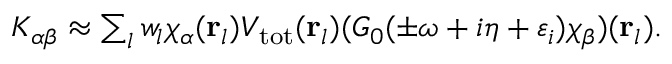
\begin{array} { r } { K _ { \alpha \beta } \approx \sum _ { l } w _ { l } \chi _ { \alpha } ( \mathbf r _ { l } ) V _ { \mathrm { t o t } } ( \mathbf r _ { l } ) ( G _ { 0 } ( \pm \omega + i \eta + \varepsilon _ { i } ) \chi _ { \beta } ) ( \mathbf r _ { l } ) . } \end{array}